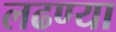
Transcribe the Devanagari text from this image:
लढण्या